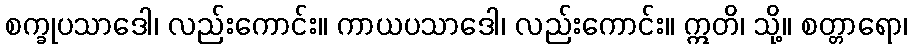
စက္ခုပသာဒေါ၊ လည်းကောင်း။ ကာယပသာဒေါ၊ လည်းကောင်း။ ဣတိ၊ သို့။ စတ္တာရော၊